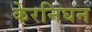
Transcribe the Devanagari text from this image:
केरनिघन